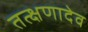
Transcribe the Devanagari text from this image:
तत्क्षणादेव